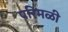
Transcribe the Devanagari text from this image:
परिमळी